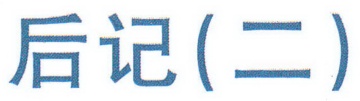
后记(二)